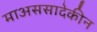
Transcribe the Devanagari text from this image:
माअससादेकीन